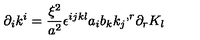
{ \partial } _ { i } k ^ { i } = \frac { { \xi } ^ { 2 } } { a ^ { 2 } } { \epsilon } ^ { i j k l } a _ { i } b _ { k } { k _ { j } } ^ { , r } { \partial } _ { r } K _ { l }